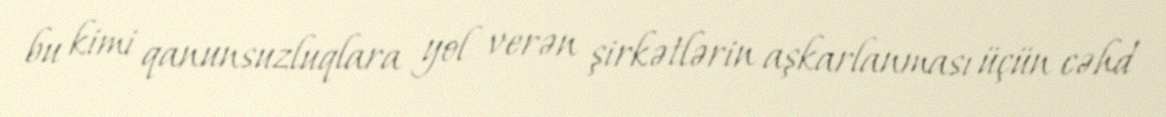
bu kimi qanunsuzluqlara yol verən şirkətlərin aşkarlanması üçün cəhd